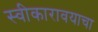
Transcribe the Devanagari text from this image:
स्वीकारावयाचा